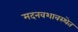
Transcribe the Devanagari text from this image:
मदनवशावस्थेत